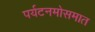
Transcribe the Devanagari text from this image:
पर्यटनमोसमात